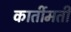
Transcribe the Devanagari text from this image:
कार्तीमती